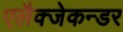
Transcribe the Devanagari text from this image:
एलैक्जेकन्डर